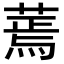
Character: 蔫